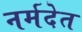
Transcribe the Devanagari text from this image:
नर्मदेत